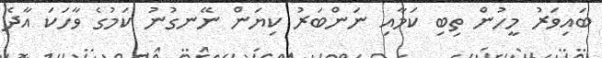
ބައިވަރު މީހުން ތިބި ކަމާއި ނަންބަރު ކިޔަން ނޭނގުނު ކަމުގެ ވާހަކަ އާދެ